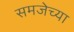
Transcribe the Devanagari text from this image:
समजेच्या